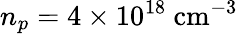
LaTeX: n_{p}=4\times 10^{18}\ \mathrm{cm^{-3}}